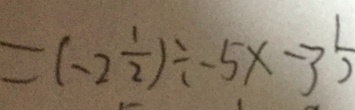
= ( - 2 \frac { 1 } { 2 } ) \div - 5 x - 3 \frac { 1 } { 2 }